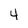
Character: 4